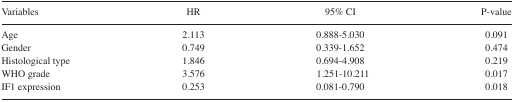
| Variables | HR | 95% CI | P-value |
 | --- | --- | --- | --- |
 | Age | 2.113 | 0.888–5.030 | 0.091 |
 | Gender | 0.749 | 0.339–1.652 | 0.474 |
 | Histological type | 1.846 | 0.694–4.908 | 0.219 |
 | WHO grade | 3.576 | 1.251–10.211 | 0.017 |
 | IF1 expression | 0.253 | 0.081–0.790 | 0.018 |